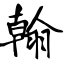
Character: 翰